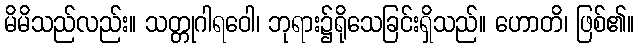
မိမိသည်လည်း။ သတ္တုဂါရဝေါ၊ ဘုရား၌ရိုသေခြင်းရှိသည်။ ဟောတိ၊ ဖြစ်၏။